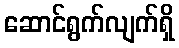
ဆောင်ရွက်လျက်ရှိ